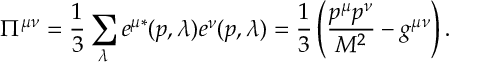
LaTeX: \Pi ^ { \mu \nu } = \frac { 1 } { 3 } \sum _ { \lambda } e ^ { \mu * } ( p , \lambda ) e ^ { \nu } ( p , \lambda ) = \frac { 1 } { 3 } \left( \frac { p ^ { \mu } p ^ { \nu } } { M ^ { 2 } } - g ^ { \mu \nu } \right) .